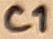
Text: C1